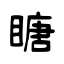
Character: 瞊